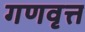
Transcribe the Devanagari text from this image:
गणवृत्त